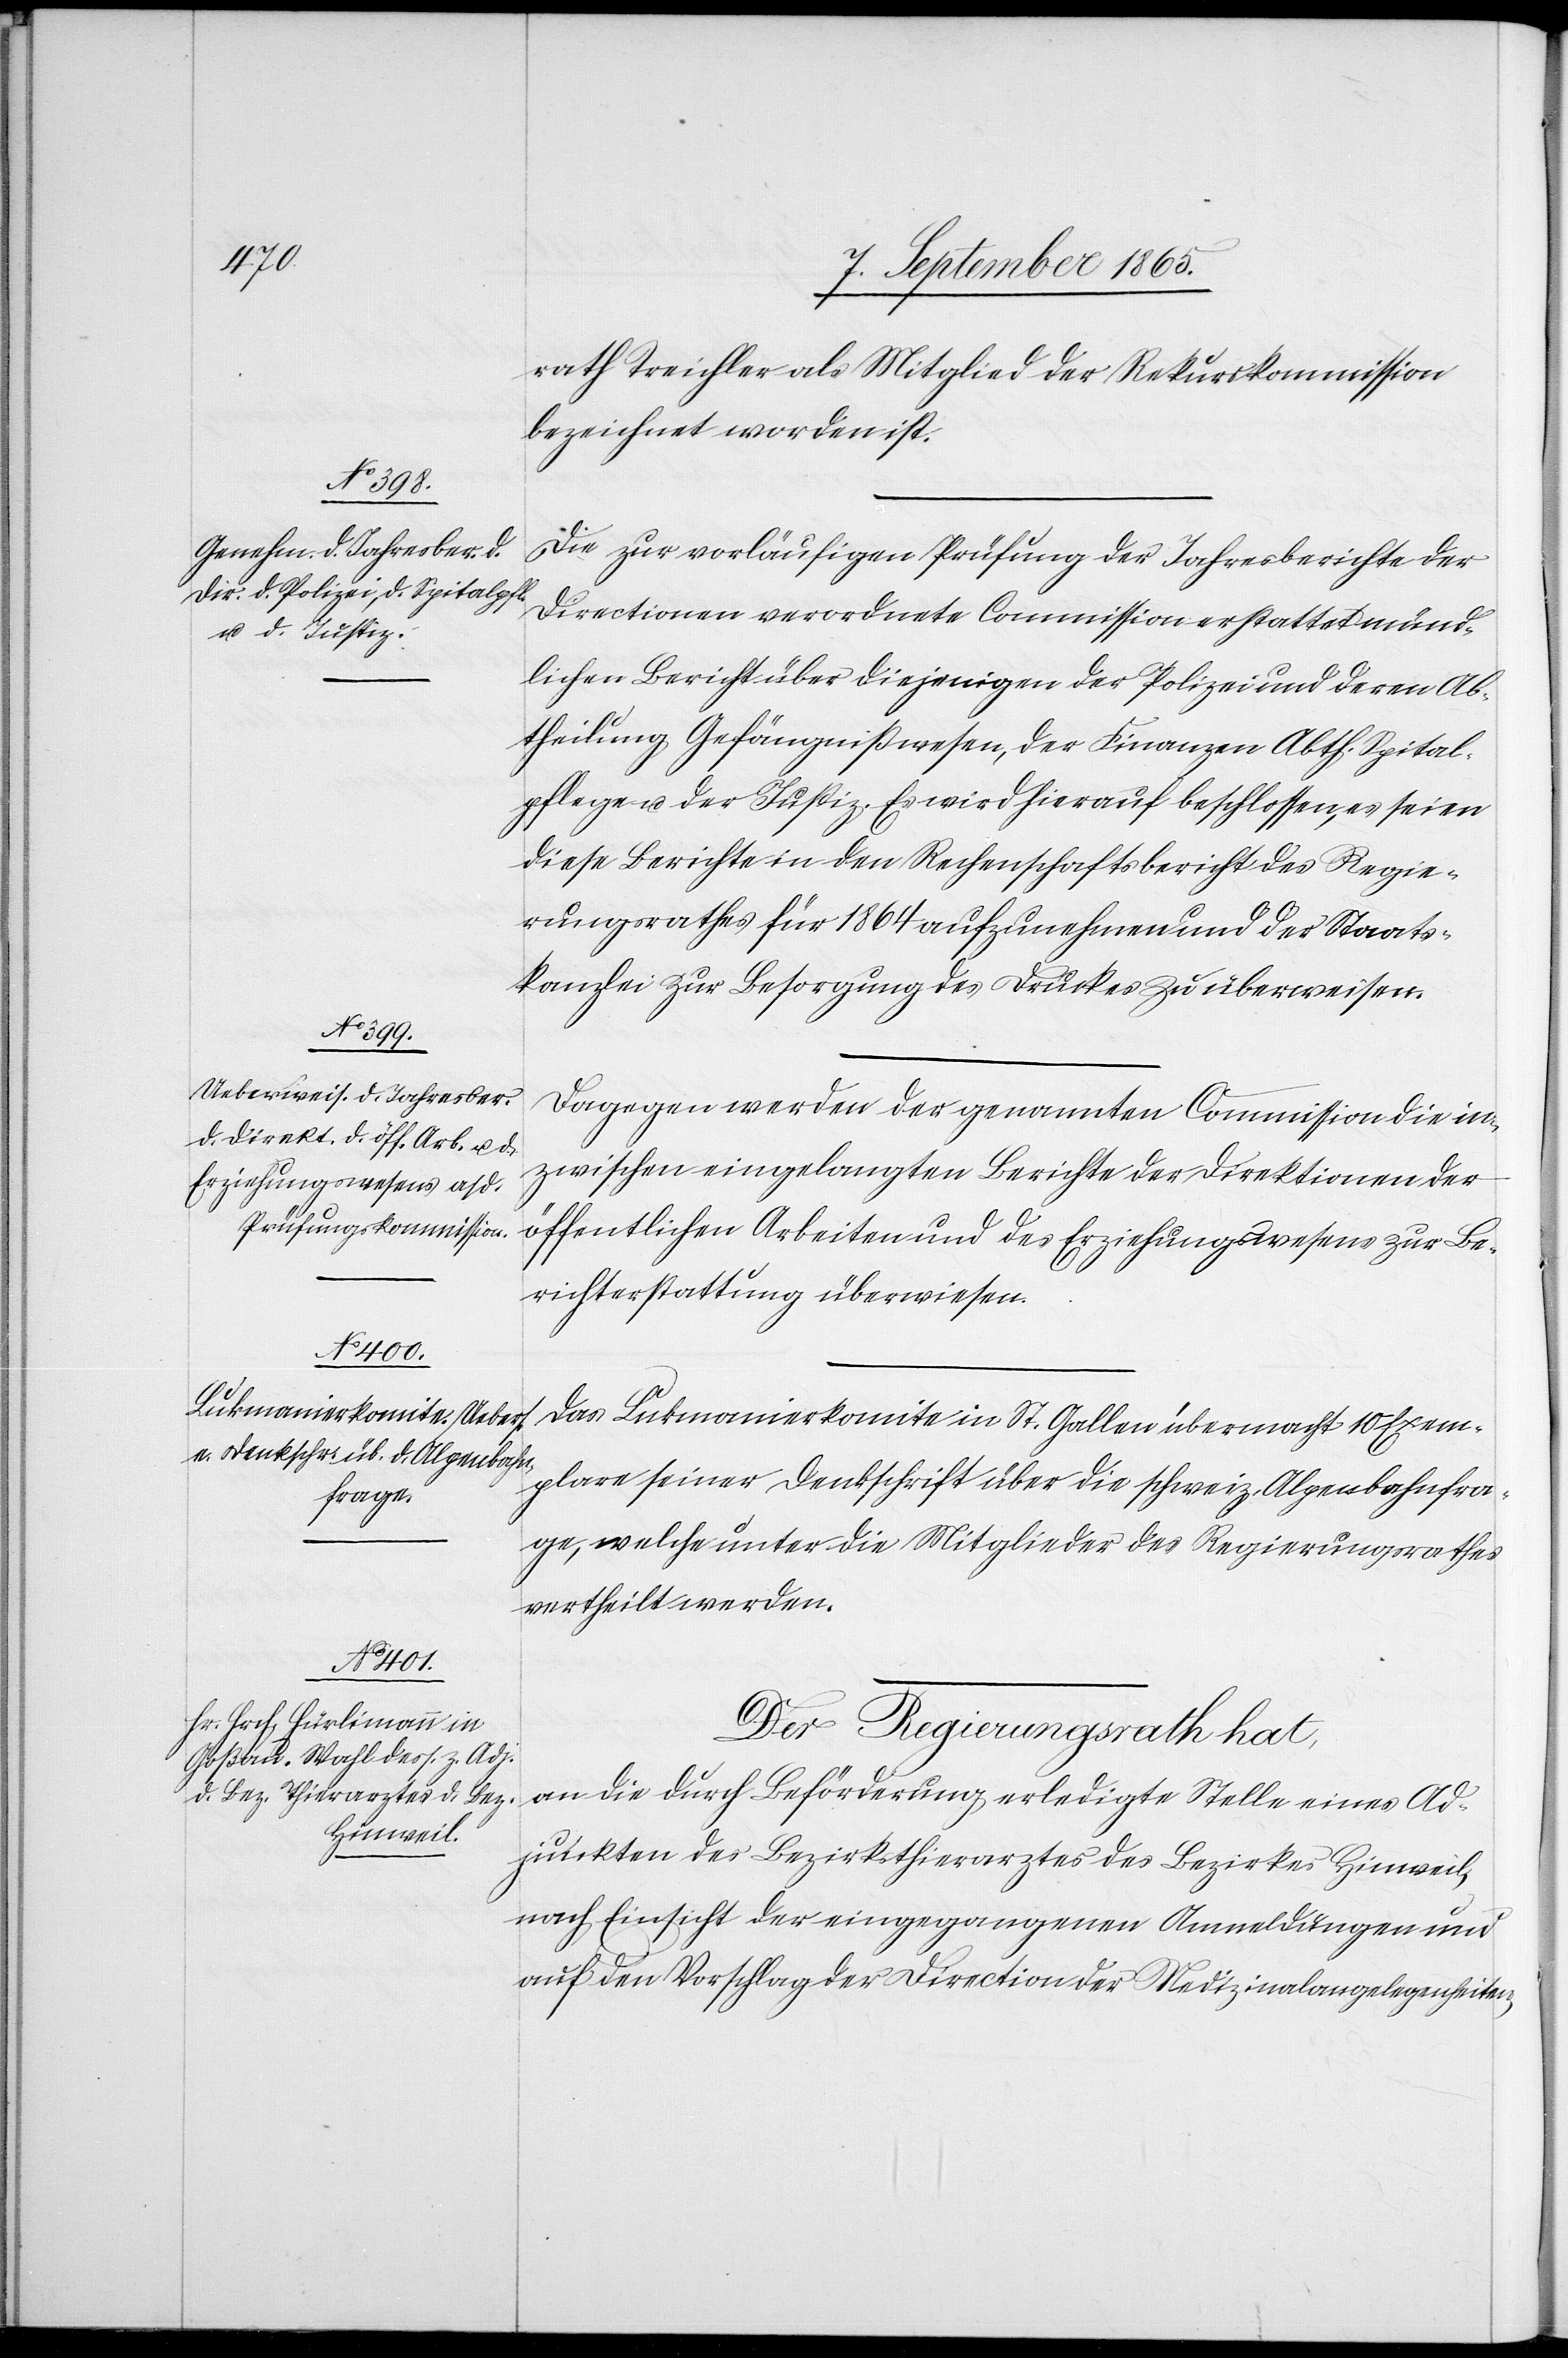
rath Treichler als Mitglied der Rekurskommission
bezeichnet worden ist.
Die zur vorläufigen Prüfung des Jahresberichte der
Directionen verordnete Commission erstattet münd¬
lichen Bericht über diejenigen der Polizei und deren Ab¬
theilung Gefängnißwesen, der Finanzen Abth. Spital¬
pflege u. der Justiz. Es wird hierauf beschlossen, es seien
diese Berichte in den Rechenschaftsbericht des Regie¬
rungsrathes für 1864 aufzunehmen und der Staats¬
kanzlei zur Besorgung des Druckes zu überweisen.
Dagegen werden der genannten Commission die in¬
zwischen eingelangten Berichte der Direktionen der
öffentlichen Arbeiten und des Erziehungswesens zur Be¬
richterstattung überwiesen.
Das Lukmanierkomite in St. Gallen übermacht 10 Exem¬
plare seiner Denkschrift über die schweiz. Alpenbahnfra¬
ge, welche unter die Mitglieder des Regierungsrathes
vertheilt werden.
Der Regierungsrath hat,
an die durch Beförderung erledigte Stelle eines Ad¬
junkten des Bezirksthierarztes des Bezirkes Hinweil,
nach Einsicht der eingegangenen Anmeldungen und
auf den Vorschlag der Direction der Medizinalangelegenheiten,